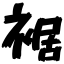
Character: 裾